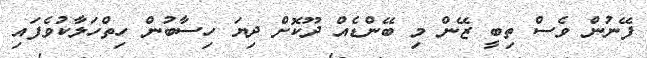
ފޭނުން ވެސް ތިބީ ޒޭން މި ބޭންޑެއް ދޫކޮށް ދިޔަ ހިސާބުން ހިތްހަލާކުވެފައި